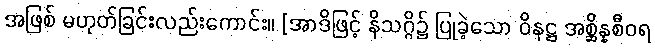
အဖြစ် မဟုတ်ခြင်းလည်းကောင်း။ [အာဒိဖြင့် နိသဂ္ဂိ၌ ပြုခဲ့သော ဝိနဋ္ဌ အစ္ဆိန္နစီဝရ